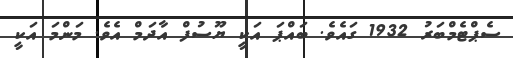
ސެޕްޓެމްބަރު 1932 ގައެވެ. ބައްޕަ އަކީ ޔޫސުފް އާދަމް އެވެ. މަންމަ އަކީ